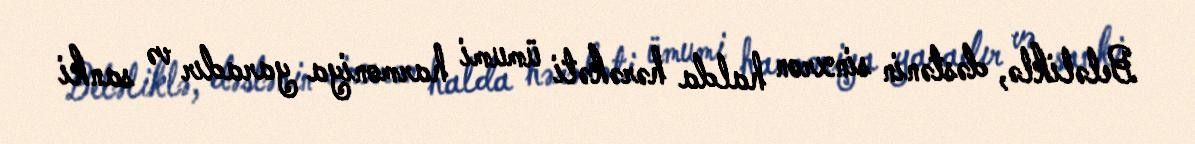
Beləliklə, dəstənin sinxron halda hərəkəti ümumi harmoniya yaradır və sanki